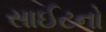
સાઈટનો